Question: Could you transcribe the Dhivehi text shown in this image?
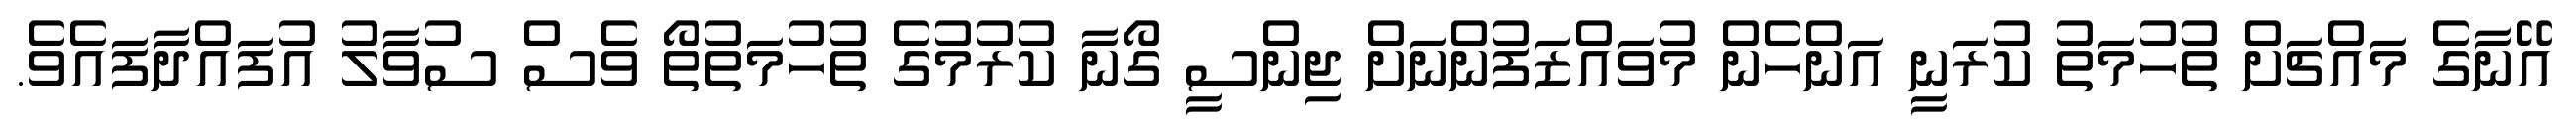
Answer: އޭނާގެ މައްޗަށް ތުހުމަތު ކުރަނީ އަންހެން މުވައްޒަފުންނަށް ޖިންސީ ގޯނާ ކުރުމުގެ ތުހުމަތުތޯ ވެސް ސުވާލު އުފައްދާފައެވެ.